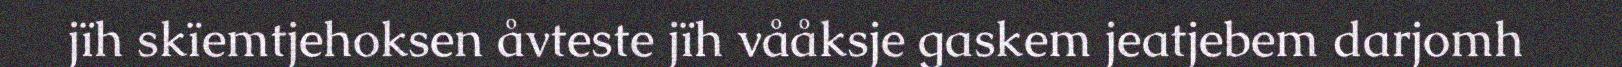
jïh skïemtjehoksen åvteste jïh vååksje gaskem jeatjebem darjomh